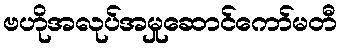
ဗဟိုအလုပ်အမှုဆောင်ကော်မတီ